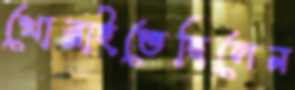
খোব্‌লাইতেছিলেন